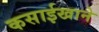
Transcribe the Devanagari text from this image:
कसाईखाने